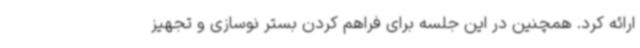
ارائه کرد. همچنین در این جلسه برای فراهم کردن بستر نوسازی و تجهیز